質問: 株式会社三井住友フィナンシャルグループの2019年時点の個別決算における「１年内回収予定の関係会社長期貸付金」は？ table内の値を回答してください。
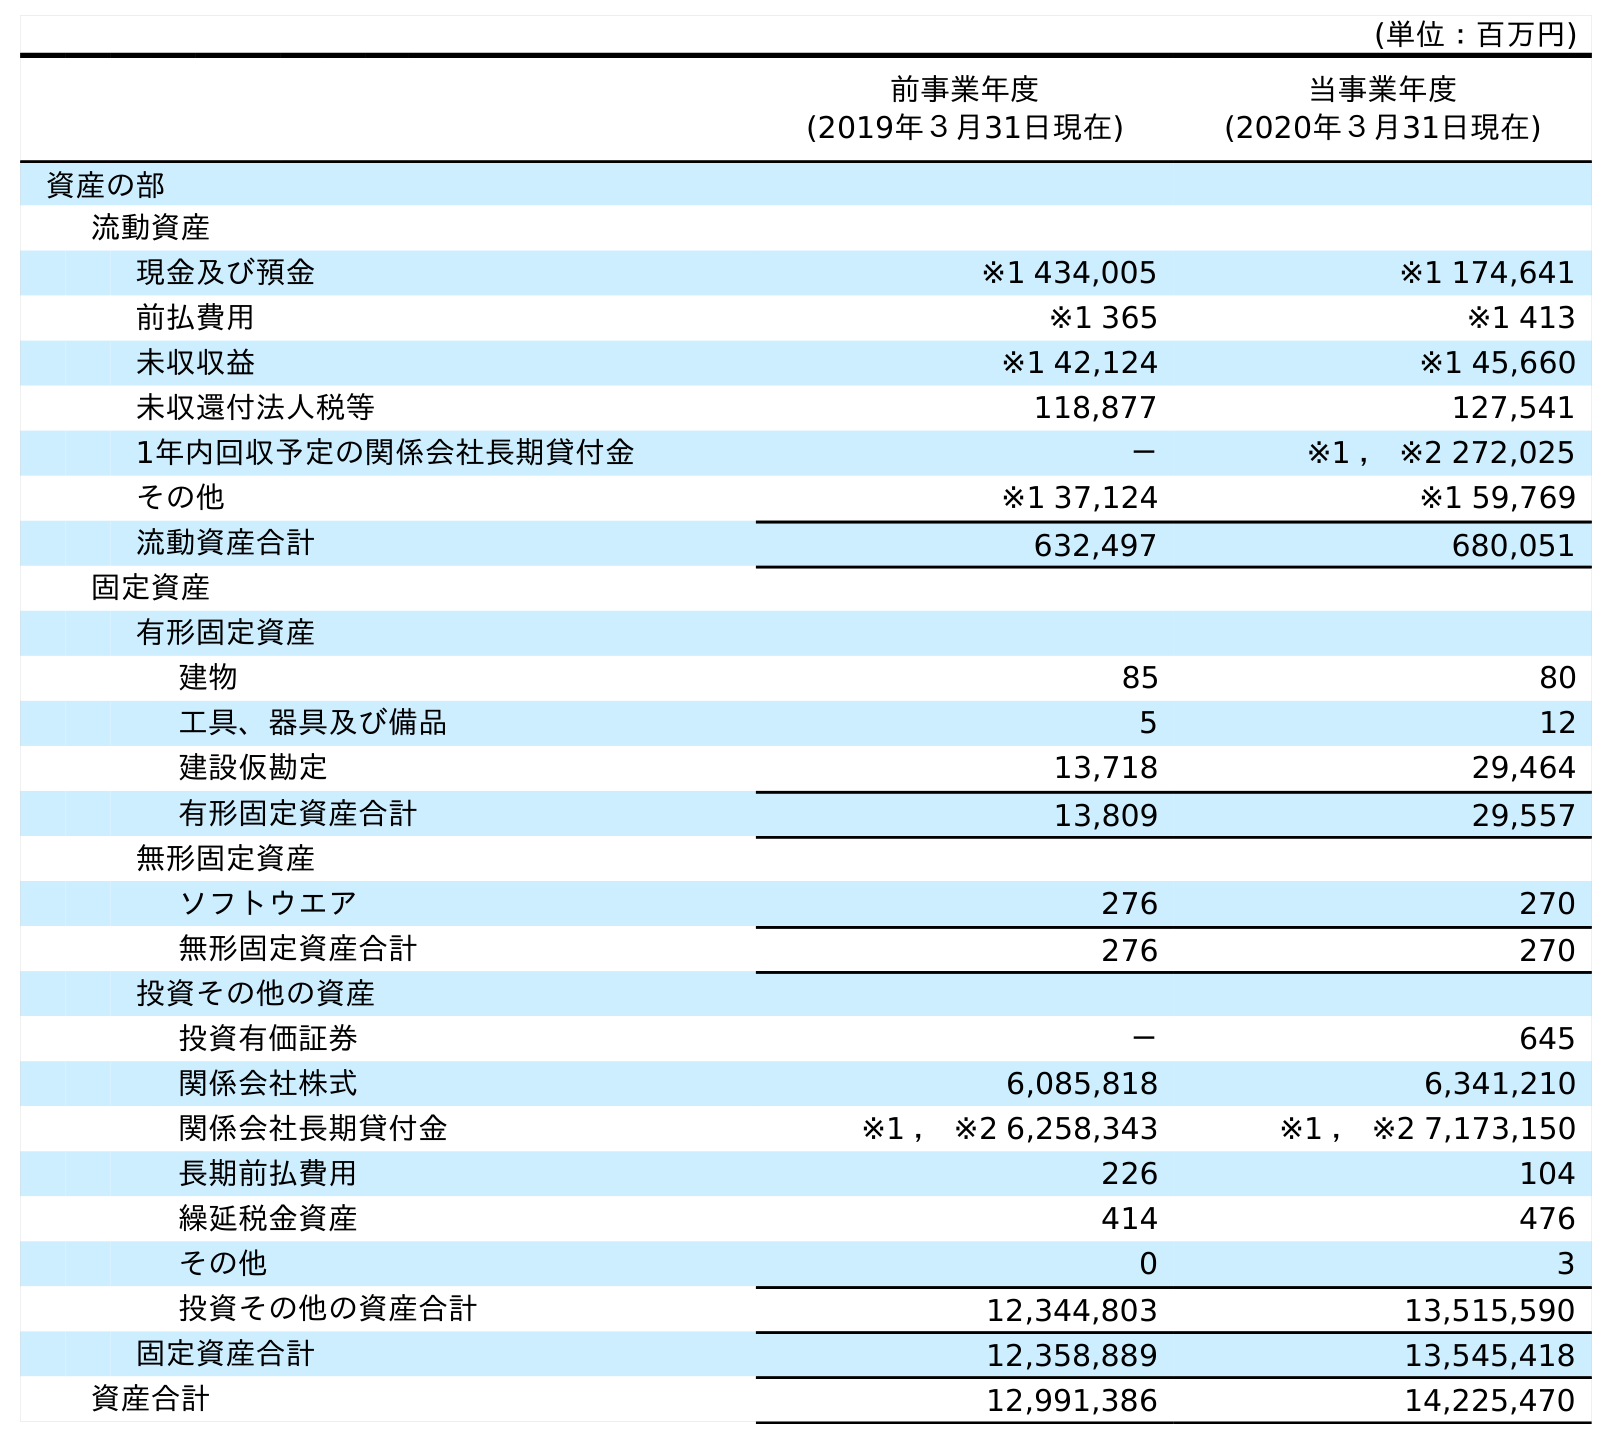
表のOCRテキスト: (単位：百万円) 前事業年度 (2019年３月31日現在) 当事業年度 (2020年３月31日現在) 資産の部 流動資産 現金及び預金 ※1 434,005 ※1 174,641 前払費用 ※1 365 ※1 413 未収収益 ※1 42,124 ※1 45,660 未収還付法人税等 118,877 127,541 1年内回収予定の関係会社長期貸付金 － ※1 ， ※2 272,025 その他 ※1 37,124 ※1 59,769 流動資産合計 632,497 680,051 固定資産 有形固定資産 建物 85 80 工具、器具及び備品 5 12 建設仮勘定 13,718 29,464 有形固定資産合計 13,809 29,557 無形固定資産 ソフトウエア 276 270 無形固定資産合計 276 270 投資その他の資産 投資有価証券 － 645 関係会社株式 6,085,818 6,341,210 関係会社長期貸付金 ※1 ， ※2 6,258,343 ※1 ， ※2 7,173,150 長期前払費用 226 104 繰延税金資産 414 476 その他 0 3 投資その他の資産合計 12,344,803 13,515,590 固定資産合計 12,358,889 13,545,418 資産合計 12,991,386 14,225,470
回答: －